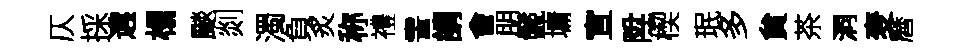
仄採遘榻颷剡濁負炙称禮霅謂會朋鬛墉宣陞楔珉多貟茶洞麦曆